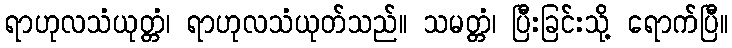
ရာဟုလသံယုတ္တံ၊ ရာဟုလသံယုတ်သည်။ သမတ္တံ၊ ပြီးခြင်းသို့ ရောက်ပြီ။